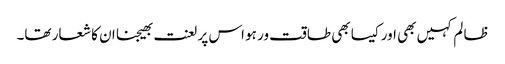
ظا لم کہیں بھی اور کیسا بھی طاقت ور ہو اس پر لعنت بھیجنا ان کا شعار تھا۔